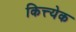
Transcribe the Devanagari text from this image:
कित्त्येक